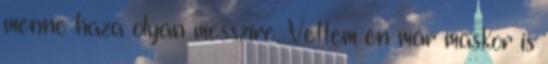
menne haza olyan messzire. Vettem én már máskor is